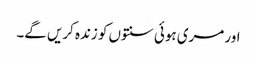
اور مری ہوئی سنتوں کو زندہ کریں گے۔